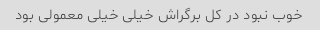
خوب نبود در کل برگراش خیلی خیلی معمولی بود